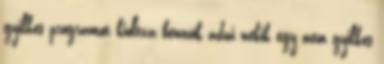
gyilkos programot kioltva bennük adni nekik egy nem gyilkos